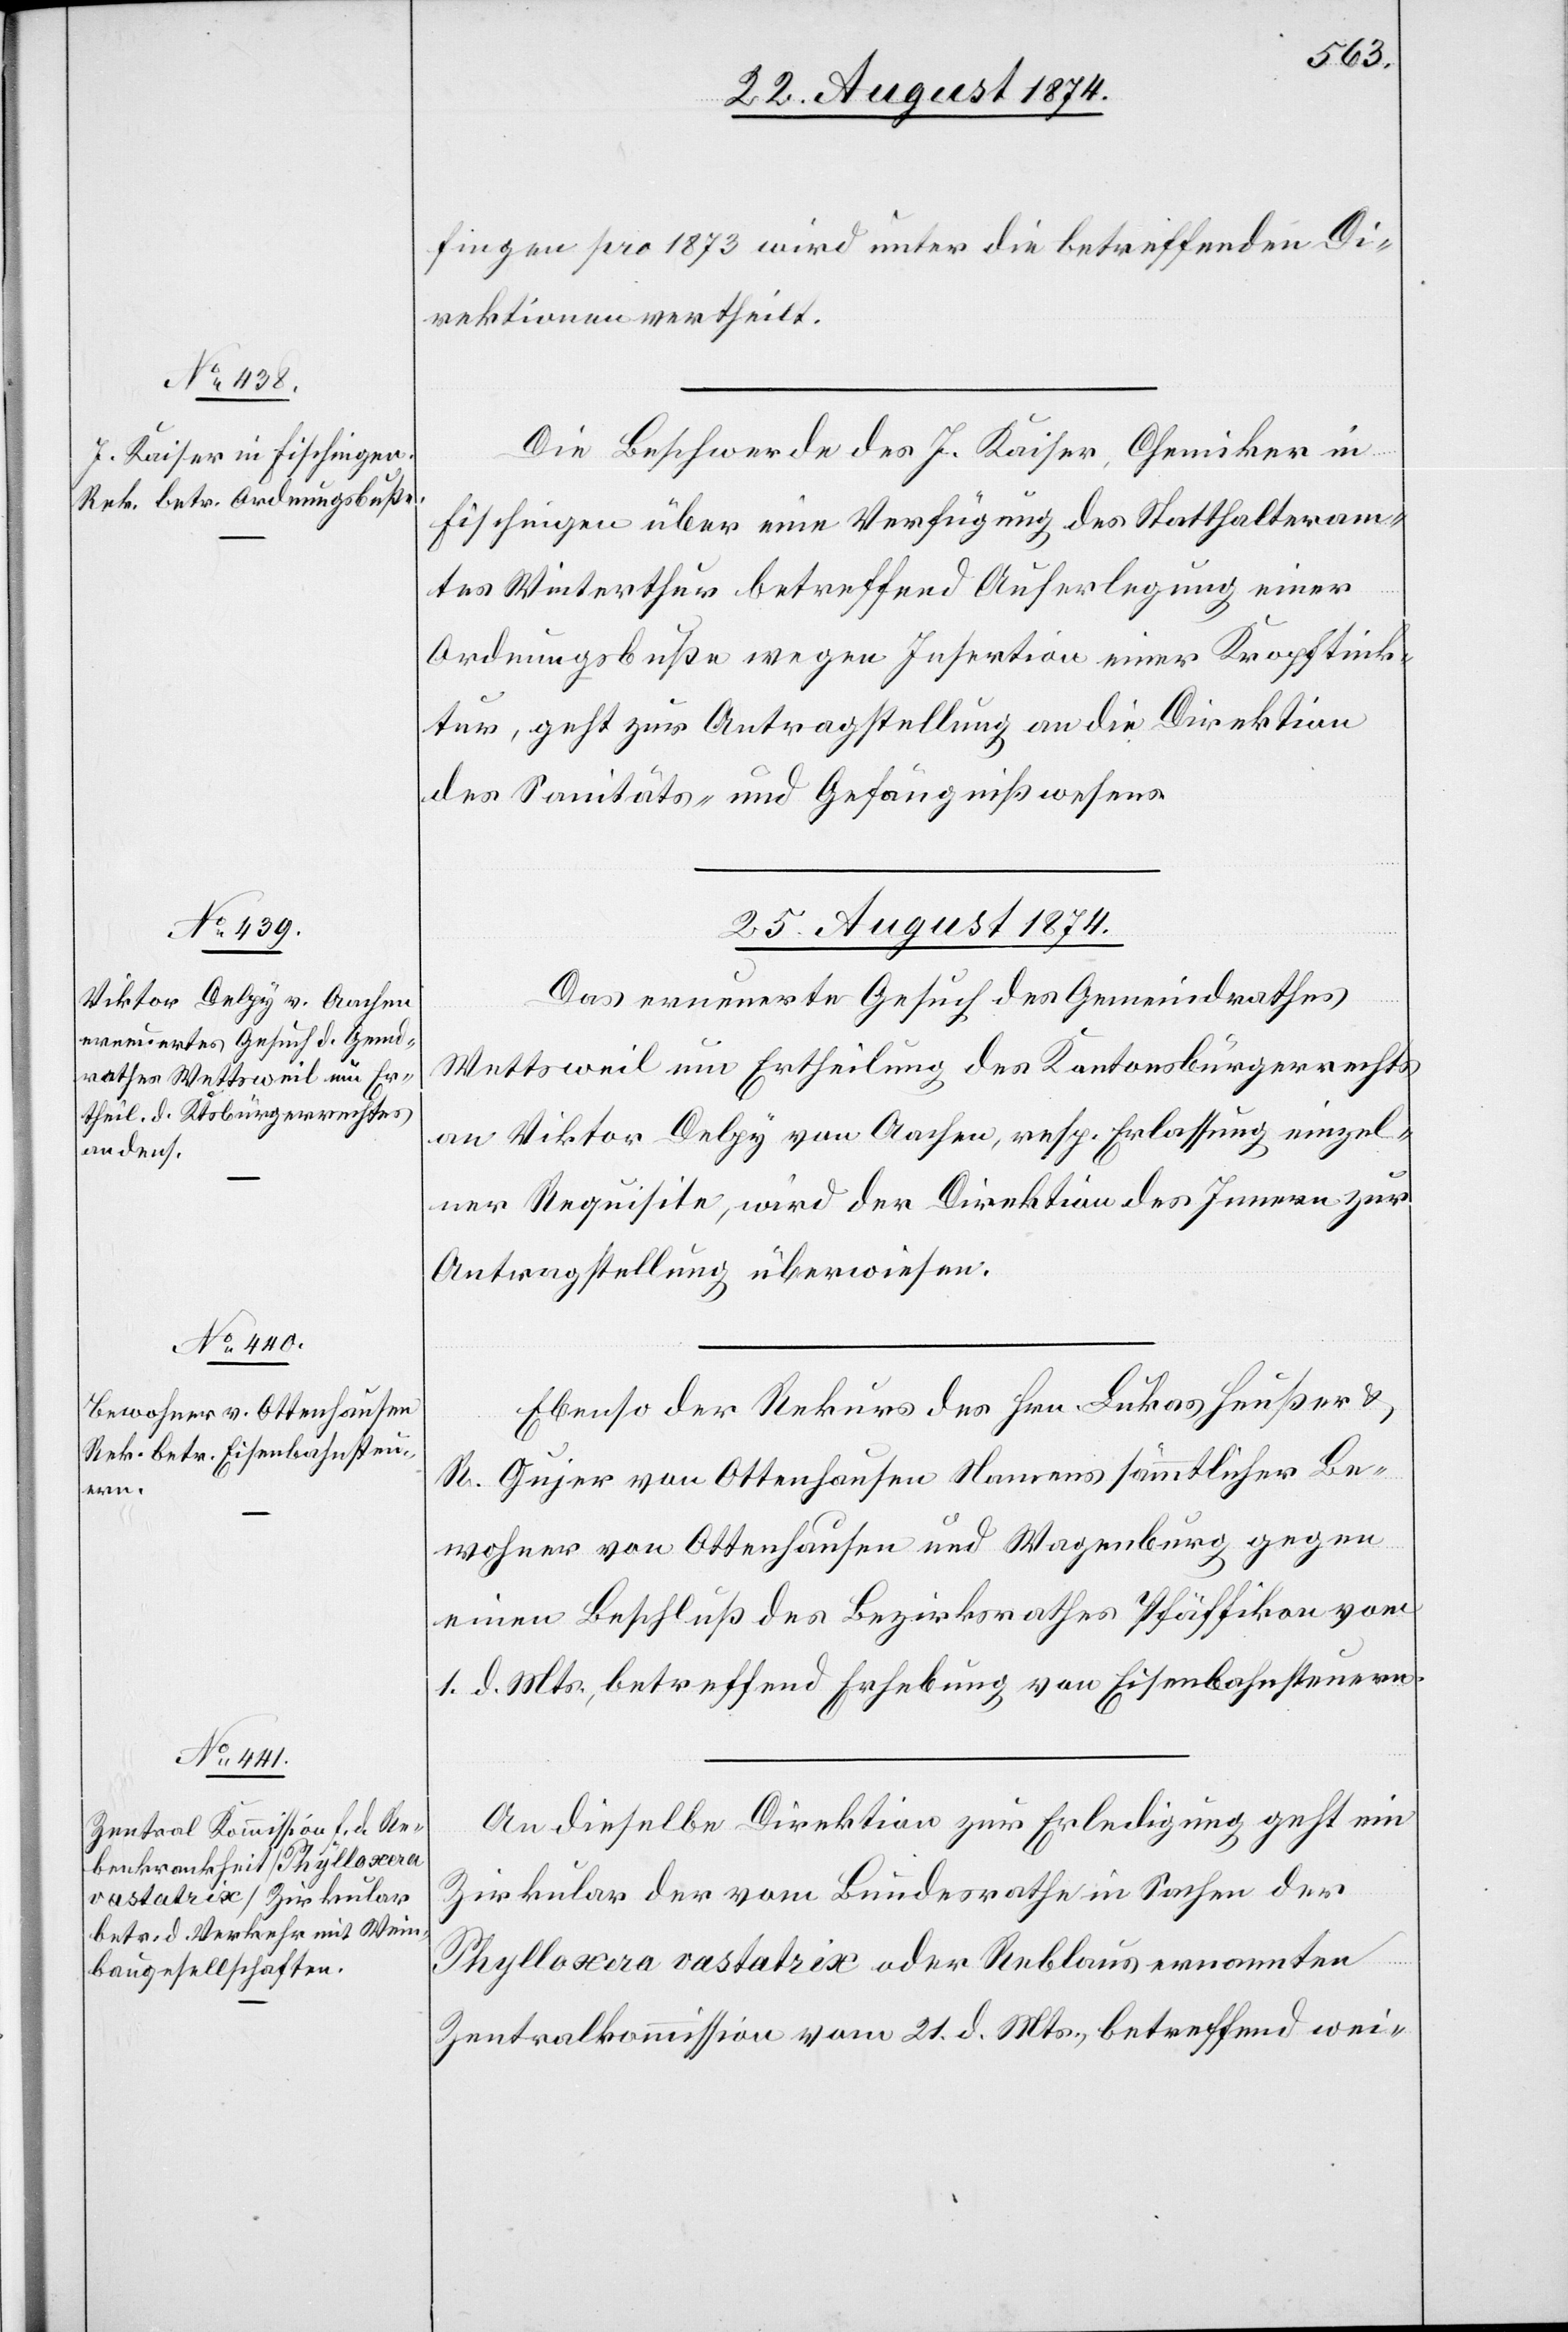
22. August 1874.]
fingen pro 1873 wird unter die betreffenden Di¬
rektionen vertheilt.
Die Beschwerde des J. Kaiser, Chemiker in
Fischingen über eine Verfügung des Statthalteram¬
tes Winterthur betreffend Auferlegung einer
Ordnungsbuße wegen Insertion einer Kropftink¬
tur, geht zur Antragstellung an die Direktion
des Sanitäts- und Gefängnißwesens.
25. August 1874.]
Das erneuerte Gesuch des Gemeindrathes
Wettsweil um Ertheilung des Kantonsbürgerrechts
an Viktor Delpy von Aachen, resp. Erlassung einzel¬
ner Requisite, wird der Direktion des Innern zur
Antragstellung überwiesen.
Ebenso der Rekurs des Hrn. Lukas Heußer u.
R. Gujer von Ottenhausen Namens sämmtlicher Be¬
wohner von Ottenhausen und Wagenburg gegen
einen Beschluß des Bezirksrathes Pfäffikon vom
1. d. Mts., betreffend Erhebung von Eisenbahnsteuern.
An dieselbe Direktion zur Erledigung geht ein
Zirkular der vom Bundesrathe in Sachen der
Phylloxera vastatrix oder Reblaus ernannten
Zentralkommission vom 21. d. Mts., betreffend wei-